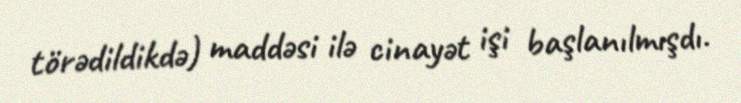
törədildikdə) maddəsi ilə cinayət işi başlanılmışdı.